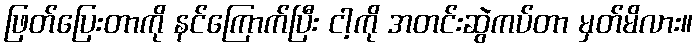
ဖြတ်ပြေးတာကို နင်ကြောက်ပြီး ငါ့ကို အတင်းဆွဲကပ်တာ မှတ်မိလား။